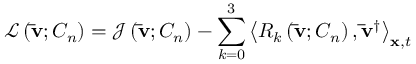
\mathcal { L } \left( { { \bf { \bar { v } } } ; { C _ { n } } } \right) = { \mathcal J } \left( { { \bf { \bar { v } } } ; { C _ { n } } } \right) - \sum _ { k = 0 } ^ { 3 } { { { \left\langle { { R _ { k } } \left( { { \bf { \bar { v } } } ; { C _ { n } } } \right) , { { { \bf { \bar { v } } } } ^ { \dag } } } \right\rangle } _ { { \bf { x } } , t } } }